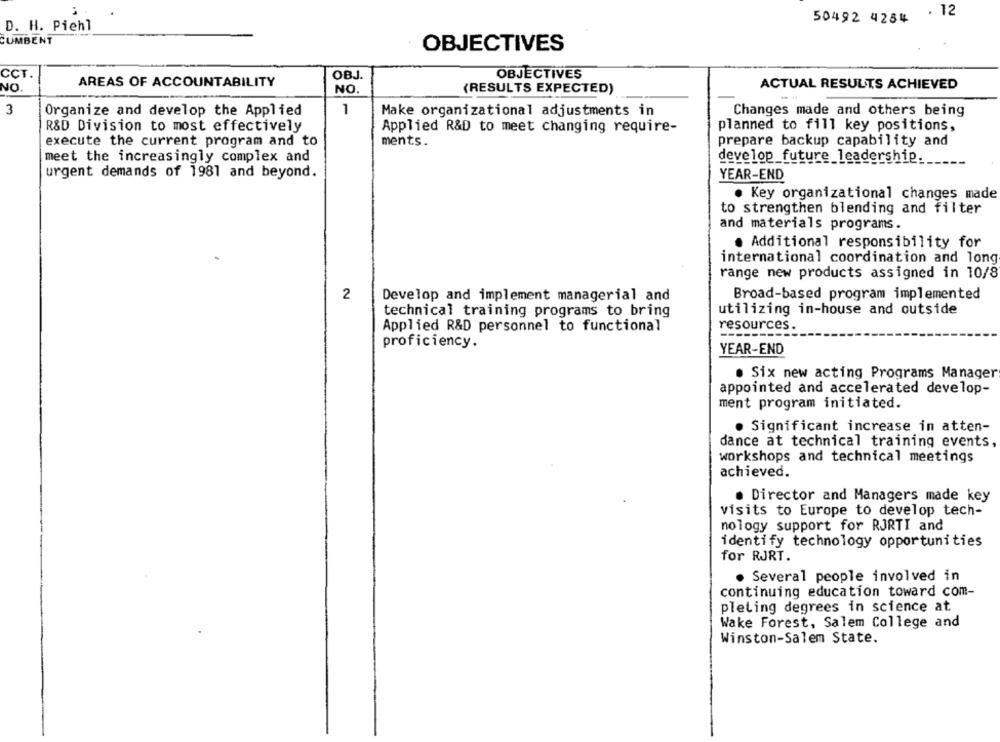
50492 4284 . 12
D. H. Piehl
CUMBENT
OBJECTIVES
CCT.
OBJECTIVES
OBJ.
NO.
AREAS OF ACCOUNTABILITY
NO.
(RESULTS EXPECTED)
ACTUAL RESULTS ACHIEVED
3
Organize and develop the Applied
1
Make organizational adjustments in
Changes made and others being
R&D Division to most effectively
planned to fill key positions,
Applied R&D to meet changing require-
execute the current program and to
prepare backup capability and
ments.
meet the increasingly complex and
develop_future_leadership.
urgent demands of 1981 and beyond.
YEAR-END
. Key organizational changes made
to strengthen blending and filter
and materials programs.
. Additional responsibility for
international coordination and long
range new products assigned in 10/8
2
Develop and implement managerial and
Broad-based program implemented
utilizing in-house and outside
technical training programs to bring
resources.
Applied R&D personnel to functional
proficiency.
YEAR-END
. Six new acting Programs Manager
appointed and accelerated develop-
ment program initiated.
· Significant increase in atten-
dance at technical training events,
workshops and technical meetings
achieved.
. Director and Managers made key
visits to Europe to develop tech-
nology support for RJRTI and
identify technology opportunities
for RJRT.
· Several people involved in
continuing education toward com-
pleling degrees in science at
Wake Forest, Salem College and
Winston-Salem State.